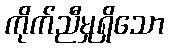
ကိုက်ညီမှုရှိသော